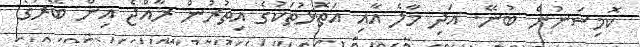
ކޮމިޝަނުން ބުނޭ. އަދި މާލެ އާއި އަތޮޅުތަކުގެ އިތުރުން ރާއްޖެ އިން ބޭރުގެ